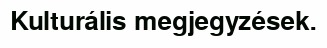
Kulturális megjegyzések.